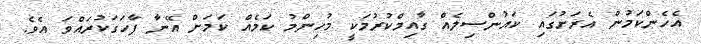
އެހެންކަމުން އެރަށުގައި ކައުންސިލެއް ގާއިމްކުރުމަކީ މުހިންމު ކަމެއް ކަމަށް އޭނާ ފާހަގަކުރައްވަ އެވެ.